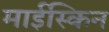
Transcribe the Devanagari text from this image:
माईस्किन